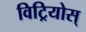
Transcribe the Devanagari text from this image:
विट्रियोस्